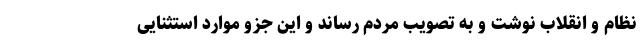
نظام و انقلاب نوشت و به تصویب مردم رساند و این جزو موارد استثنایی